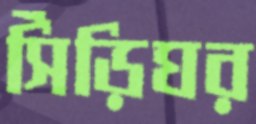
সিঁড়িঘর